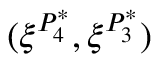
( \xi ^ { P _ { 4 } ^ { * } } , \xi ^ { P _ { 3 } ^ { * } } )